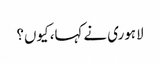
لاہوری نے کہا، کیوں؟